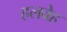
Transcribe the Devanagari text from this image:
हलवेह